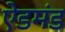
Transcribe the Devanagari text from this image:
ऐडमंड